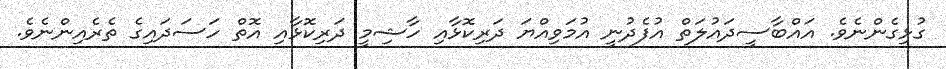
ގުޅިގެންނެވެ. އައްބާސީދައުލަތް އުފެދުނީ އުމަވިއްޔަ ދަރިކޮޅާއި ހާޝިމީ ދަރިކޮޅާއި އޮތް ހަސަދައިގެ ތެރެއިންނެވެ.